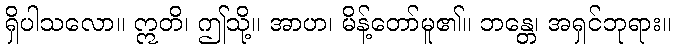
ရှိပါသလော။ ဣတိ၊ ဤသို့။ အာဟ၊ မိန့်တော်မူ၏။ ဘန္တေ၊ အရှင်ဘုရား။